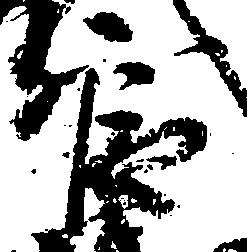
官